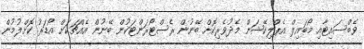
ވެބްސައިޓާއި މޯބައިލް އެޕްލިކޭޝަން މެދުވެރިކޮށް ބޭނުން ރެސްޓޯރަންޓަކުން ބޭނުން އެއްޗަކަށް އޯޑަރު ކޮށްލުމުން